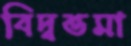
বিদ্বত্তমা